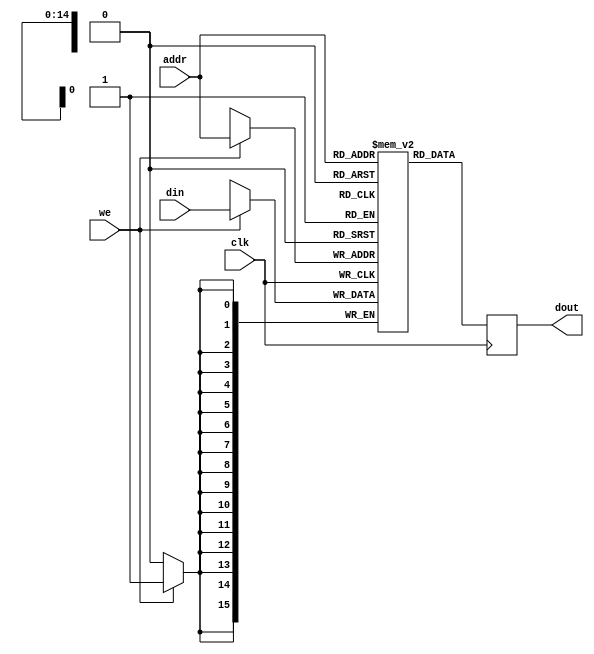
module ram32k (
   input                clk,
   input       [14:0]   addr,
   input       [15:0]   din,
   input                we,
   output reg  [15:0]   dout
   );
   
   parameter ADD  = 4'd0;
   parameter SUB  = 4'd1;
   parameter AND  = 4'd2;
   parameter OR   = 4'd3;
   parameter NOT  = 4'd4;
   parameter SHL  = 4'd5;
   parameter SHR  = 4'd6;
   parameter LDI  = 4'd7;
   parameter LD   = 4'd8;
   parameter ST   = 4'd9;
   parameter BR   = 4'd10;
   parameter BZ   = 4'd11;
   parameter BN   = 4'd12;
   parameter JAL  = 4'd13;
   parameter JR   = 4'd14;
   parameter QUIT = 4'd15;
   
   parameter R0   = 4'd0;
   parameter R1   = 4'd1;
   parameter R2   = 4'd2;
   parameter R3   = 4'd3;
   parameter R4   = 4'd4;
   parameter R5   = 4'd5;
   parameter R6   = 4'd6;
   parameter R7   = 4'd7;
   parameter R8   = 4'd8;
   parameter R9   = 4'd9;
   parameter R10  = 4'd10;
   parameter R11  = 4'd11;
   parameter R12  = 4'd12;
   parameter R13  = 4'd13;
   parameter R14  = 4'd14;
   parameter R15  = 4'd15;
   parameter XX   = 4'd0;
     
   reg [15:0] M [0:15'h7fff];
   
   initial begin
      M[0]   = {LDI, R0, 8'h80};
      M[1]   = {SHL, R0, R0, 4'd8};  // load SW into r8   (addr = 16'h8001)
      M[2]   = {LD, R8, 4'd1, R0};
      M[3]   = {ST, 4'd0, R8, R0};   // store 4'ha to LED (addr = 16'h8000)
      M[4]   = {BR, -8'd4, XX};
//      M[4]   = {QUIT, XX, XX, XX};
   end
   
   
   always @(posedge clk)
      if (we)
         M[addr] <= din;
         
   always @(posedge clk)
      dout <= M[addr];
      
endmodule